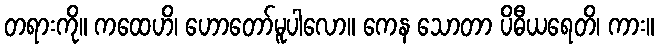
တရားကို။ ကထေဟိ၊ ဟောတော်မူပါလော။ ကေန သောတာ ပိဓီယရေတိ၊ ကား။